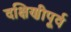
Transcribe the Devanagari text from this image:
दक्षिणीपूर्व